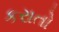
કરાતો